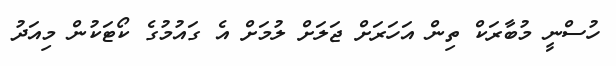
ހުސްނީ މުބާރަކް ތިން އަހަރަށް ޖަލަށް ލުމަށް އެ ގައުމުގެ ކޯޓަކުން މިއަދު